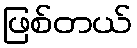
ဖြစ်တယ်